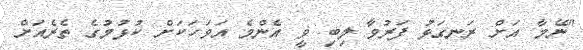
"ނޭމާ އަށް ރަނގަޅު ފަރުވާ ލިބި ވީ އެންމެ އަވަހަކަށް ކުޅުމުގެ ތެރެއަށް